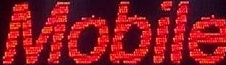
Mobile